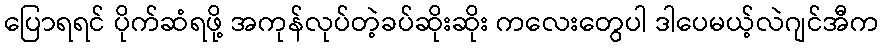
ပြောရရင် ပိုက်ဆံရဖို့ အကုန်လုပ်တဲ့ခပ်ဆိုးဆိုး ကလေးတွေပါ ဒါပေမယ့်လဲဂျင်အီက